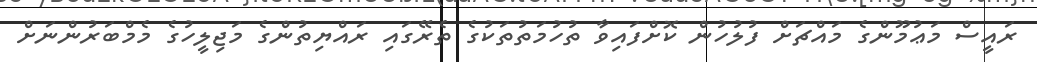
ރައީސް މަޢުމޫންގެ މައްޗަށް ފުލުހުން ކޮށްފައިވާ ތުހުމަތުތަކުގެ ތެރޭގައި ރައްޔިތުންގެ މަޖިލީހުގެ މެމްބަރުންނަށް